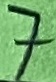
Text: 7